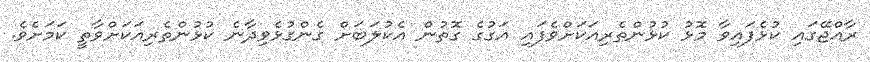
ރާއްޖޭގައި ކުޅެފައިވާ މޮޅު ކުޅުންތެރިއަކަށްވެފައި އަގުގެ ގޮތުން އެކުލަބަށް ގެންގުޅެވިދާނެ ކުޅުންތެރިއަކަށްވާތީ ކަމަށެވެ.